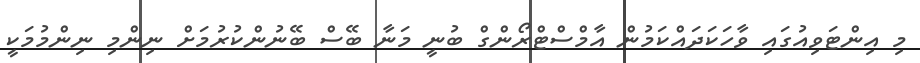
މި އިންޓަވިއުގައި ވާހަކަދައްކަމުން އާމްސްޓްރޯންގް ބުނީ މަނާ ބޭސް ބޭނުންކުރުމަށް ނިންމި ނިންމުމަކީ